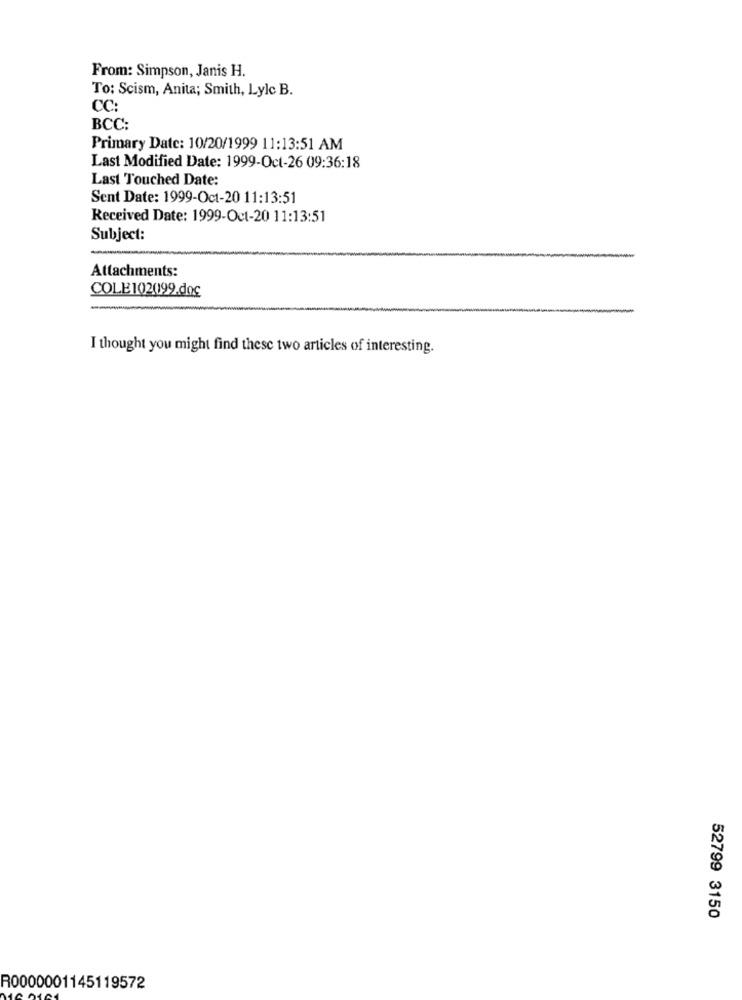
From: Simpson, Janis H.
To: Scism, Anita; Smith, Lylc B.
CC:
BCC:
Primary Date: 10/20/1999 11:13:51 AM
Last Modified Date: 1999-Oct-26 09:36:18
Last Touched Date:
Sent Date: 1999-Oct-20 11:13:51
Received Date: 1999-Oct-20 11:13:51
Subject:
Attachments:
COLE 102099.doc
I thought you might find these two articles of interesting.
52799 3150
R0000001145119572